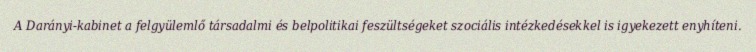
A Darányi-kabinet a felgyülemlő társadalmi és belpolitikai feszültségeket szociális intézkedésekkel is igyekezett enyhíteni.